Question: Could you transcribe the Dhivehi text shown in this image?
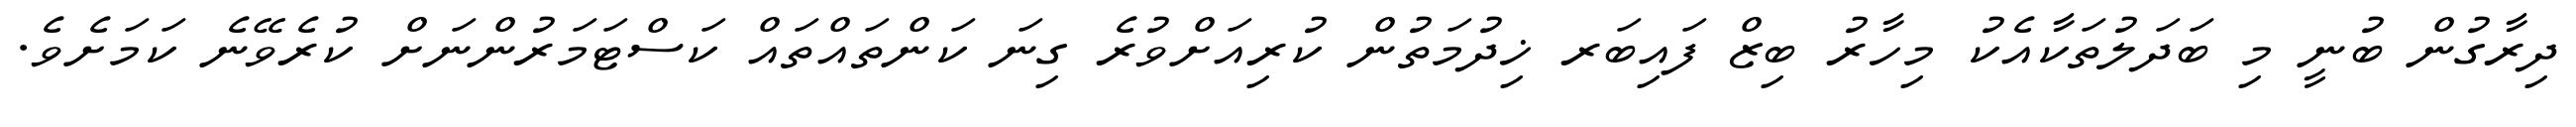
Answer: ދިރާގުން ބުނީ މި ބަދަލުތަކާއެކު މިހާރު ބިޒް ފައިބަރ ޚިދުމަތުން ކުރިއަށްވުރެ ގިނަ ކަންތައްތައް ކަސްޓަމަރުންނަށް ކުރެވޭނެ ކަމަށެވެ.